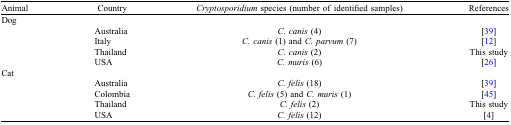
<table><thead><tr><td><b>Animal</b></td><td><b>Country</b></td><td><b><i>Cryptosporidium</i> species (number of identified samples)</b></td><td><b>References</b></td></tr></thead><tbody><tr><td colspan="4">Dog</td></tr><tr><td></td><td>Australia</td><td><i>C. canis</i> (4)</td><td>[39]</td></tr><tr><td></td><td>Italy</td><td><i>C. canis</i> (1) and <i>C. parvum</i> (7)</td><td>[12]</td></tr><tr><td></td><td>Thailand</td><td><i>C. canis</i> (2)</td><td>This study</td></tr><tr><td></td><td>USA</td><td><i>C. muris</i> (6)</td><td>[26]</td></tr><tr><td colspan="4">Cat</td></tr><tr><td></td><td>Australia</td><td><i>C. felis</i> (18)</td><td>[39]</td></tr><tr><td></td><td>Colombia</td><td><i>C. felis</i> (5) and <i>C. muris</i> (1)</td><td>[45]</td></tr><tr><td></td><td>Thailand</td><td><i>C. felis</i> (2)</td><td>This study</td></tr><tr><td></td><td>USA</td><td><i>C. felis</i> (12)</td><td>[4]</td></tr></tbody></table>